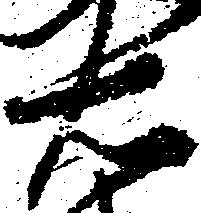
右